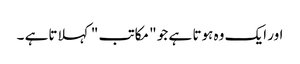
اور ایک وہ ہوتا ہے جو " مکاتب " کہلاتاہے ۔